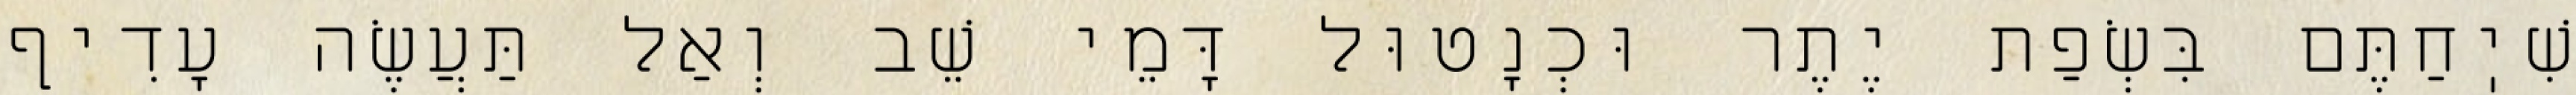
שִׁיֽחַתֶּם בִּשְׂפַת יֶתֶר וּכְנָטוּל דָּמֵי שֵׁב וְאַל תַּעֲשֶׂה עָדִיף